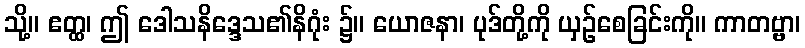
သို့။ ဧတ္ထ၊ ဤ ဒေါသနိဒ္ဒေသ၏နိဂုံး ၌။ ယောဇနာ၊ ပုဒ်တို့ကို ယှဉ်စေခြင်းကို။ ကာတဗ္ဗာ၊